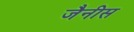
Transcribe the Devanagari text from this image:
जैनीस